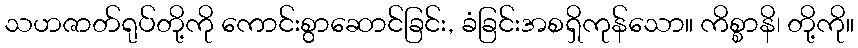
သဟဇာတ်ရုပ်တို့ကို ကောင်းစွာဆောင်ခြင်း, ခံခြင်းအစရှိကုန်သော။ ကိစ္စာနိ၊ တို့ကို။